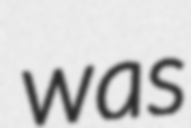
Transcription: was